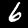
Label: 6